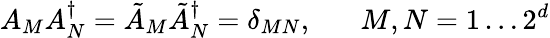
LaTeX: A_{M}A_{N}^{\dagger}=\tilde{A}_{M}\tilde{A}_{N}^{\dagger}=\delta_{MN},\; \; \; \; \; \; M,N=1\ldots 2^{d}